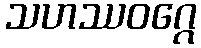
သဟဿဝဂ္ဂေ